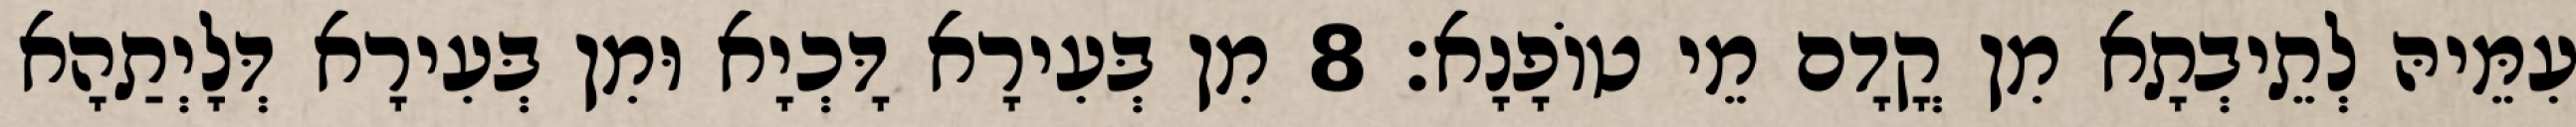
עִמֵּיהּ לְתֵיבְתָא מִן קֳדָם מֵי טוֹפָנָא׃ 8 מִן בְּעִירָא דָּכְיָא וּמִן בְּעִירָא דְּלָיְתַהָא